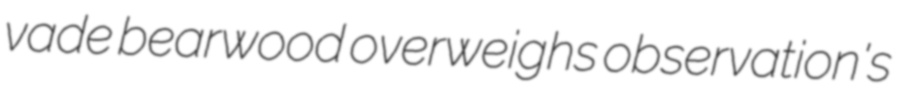
vade bearwood overweighs observation's